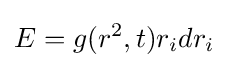
E=g(r^{2},t)r_{i}dr_{i}